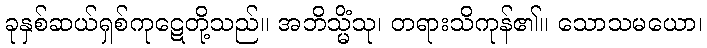
ခုနှစ်ဆယ်ရှစ်ကုဋေတို့သည်။ အဘိသ္မိံသု၊ တရားသိကုန်၏။ သောသမယော၊